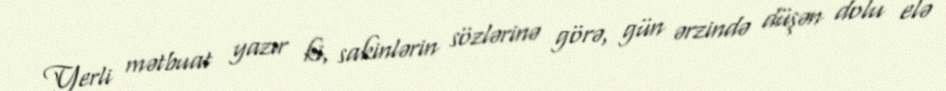
Yerli mətbuat yazır ki, sakinlərin sözlərinə görə, gün ərzində düşən dolu elə